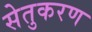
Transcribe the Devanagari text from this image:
सेतुकरण